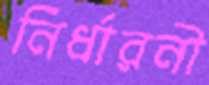
নির্ধারনী